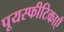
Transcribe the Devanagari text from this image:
पूयस्फीटिकाएँ